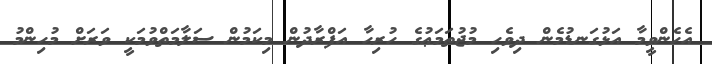
އެހެންވީމާ އަޅުގަނޑުމެން ދިވެހި މުޖުތަމަޢުގެ ހުރިހާ އަފްރާދުން މިކަމުން ސަލާމަތްވުމަކީ ވަރަށް މުހިންމު